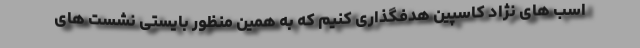
اسب های نژاد کاسپین هدفگذاری کنیم که به همین منظور بایستی نشست های